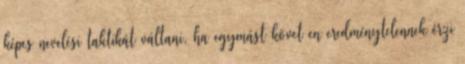
képes nevelési taktikát váltani, ha egymást követıen eredménytelennek érzi